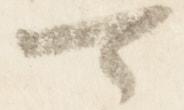
可